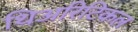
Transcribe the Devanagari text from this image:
थिअरिटिकल